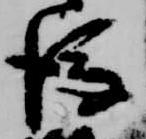
後